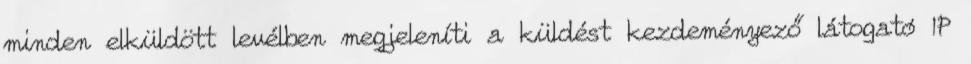
minden elküldött levélben megjeleníti a küldést kezdeményező látogató IP